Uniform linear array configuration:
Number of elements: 12
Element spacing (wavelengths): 0.5
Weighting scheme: binomial
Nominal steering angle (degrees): -60
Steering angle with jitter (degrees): -61.889
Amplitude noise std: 0.05
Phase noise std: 0.05

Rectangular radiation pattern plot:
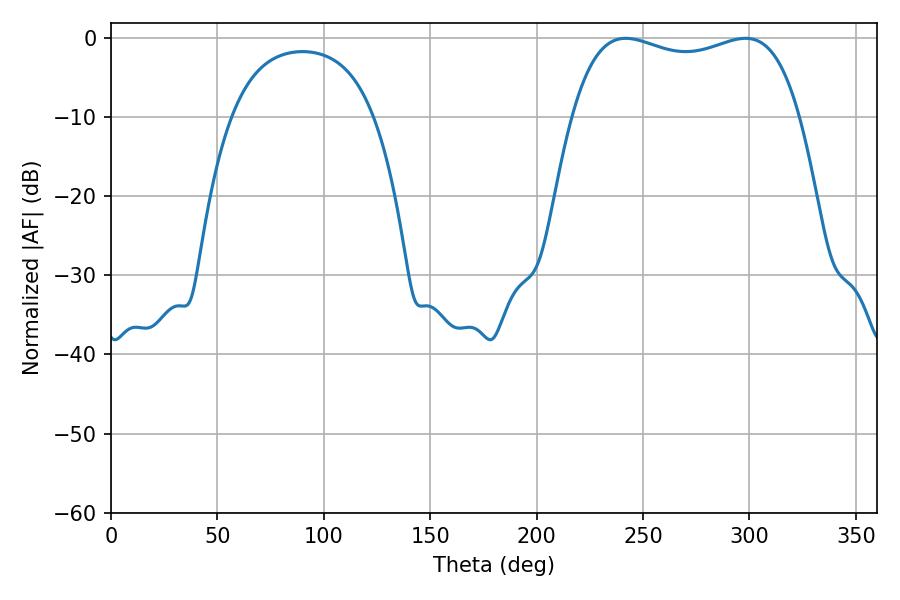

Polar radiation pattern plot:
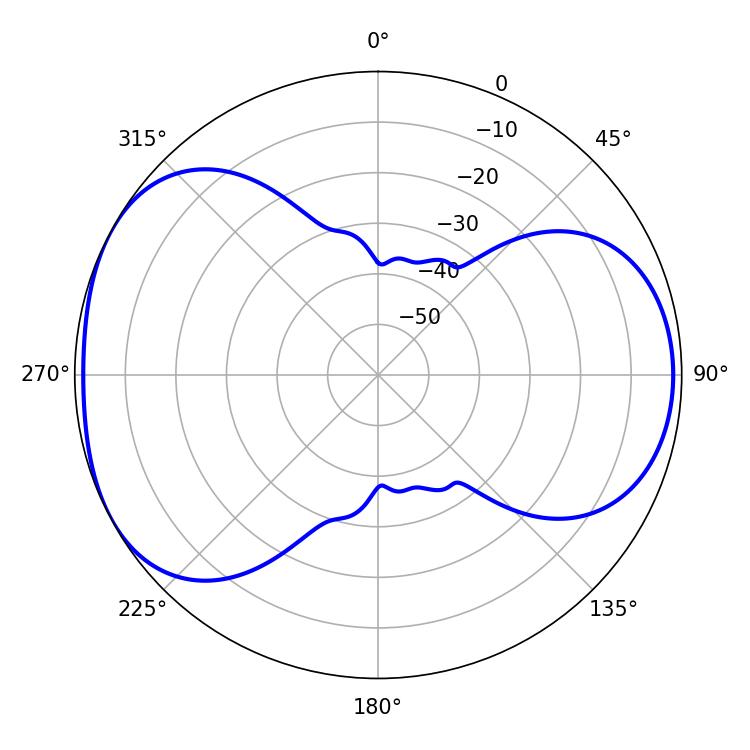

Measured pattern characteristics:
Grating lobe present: FALSE
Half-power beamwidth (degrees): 87.12
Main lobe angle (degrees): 241.92